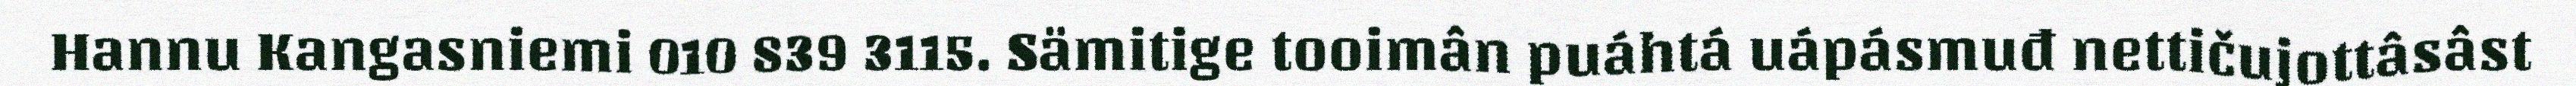
Hannu Kangasniemi 010 839 3115. Sämitige tooimân puáhtá uápásmuđ nettičujottâsâst